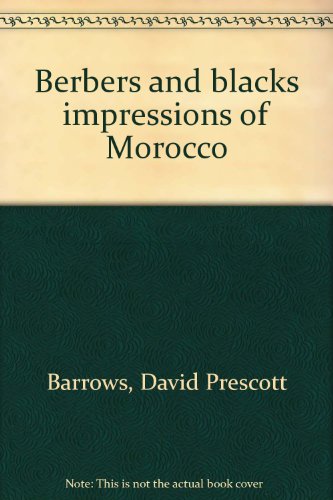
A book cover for Berbers and blacks impressions of Morocco; David Prescott Barrows; Travel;